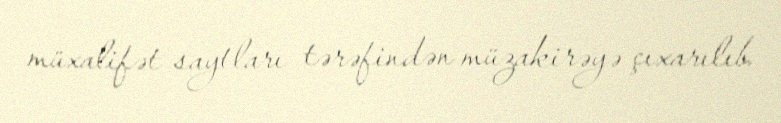
müxalifət saytları tərəfindən müzakirəyə çıxarılıb.